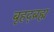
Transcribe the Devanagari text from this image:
बृहद्ब्रह्म